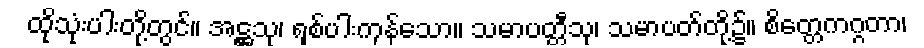
ထိုသုံးပါးတို့တွင်။ အဋ္ဌသု၊ ရှစ်ပါးကုန်သော။ သမာပတ္တီသု၊ သမာပတ်တို့၌။ စိတ္တေကဂ္ဂတာ၊